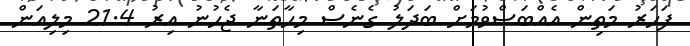
ފަހަރު މަތިން އެއްބަސްވުމަށް ބަދަލު ގެނެސް މިހާތަނާ ޖެހުނު އިރު 21.4 މިލިއަން